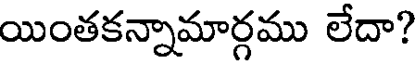
యింతకన్నామార్గము లేదా?